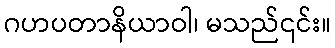
ဂဟပတာနိယာဝါ၊ မသည်၎င်း။